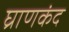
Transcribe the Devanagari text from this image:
घ्राणकंद